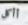
أأكل